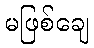
မဖြစ်ချေ